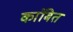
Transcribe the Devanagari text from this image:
कांबित